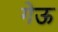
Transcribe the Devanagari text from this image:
गेऊ